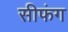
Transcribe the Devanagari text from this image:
सीफंग